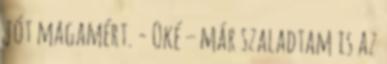
jót magamért. - Oké – már szaladtam is az